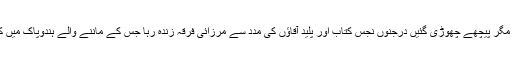
مولانا ثناء اللہ امرتسری رحمہ اللہ سے مباہلہ کے بعدمرزا بدترین موت مر توگیا مگر پیچھے چھوڑی گئیں درجنوں نجس کتاب اور پلید آقاؤں کی مدد سے مرزائی فرقہ زندہ رہا جس کے ماننے والے ہندوپاک میں کثیر تعداد میں اور چھوٹی چھوٹی ٹولیوں میں دنیا کے اکثر حصے میں موجود ہیں۔